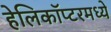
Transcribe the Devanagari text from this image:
हेलिकॉप्टरमध्ये